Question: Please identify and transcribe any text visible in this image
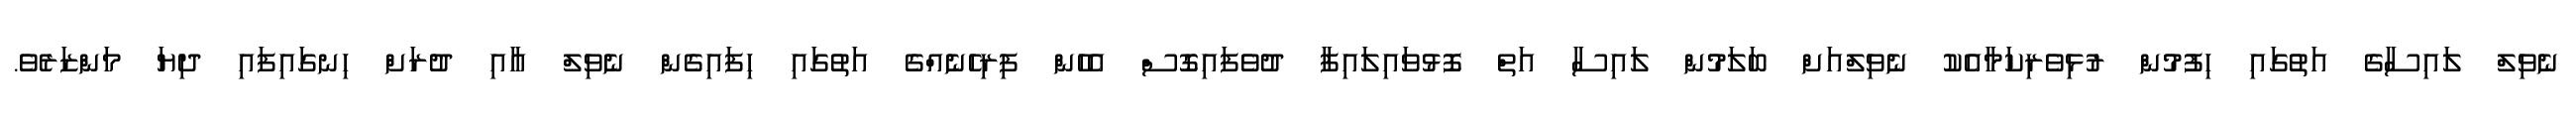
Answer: ނެވިލް ލައިސާގެ އަތުގައި ހިފުމުން ރުޅިވެރިކަމާއެކު ނެވިލްއަށް ބަލަމުން ލައިސާ އަތް ފޮޅުވައިލައިފާ ދުވެފައިގޮސް އެހެން ފިރިހެނެއްގެ އަތުގައި ހިފައިގެން ނެވިލް އާއި ދުރަށް ހިނގައިފައި ދިޔަ މަންޒަރެވެ.